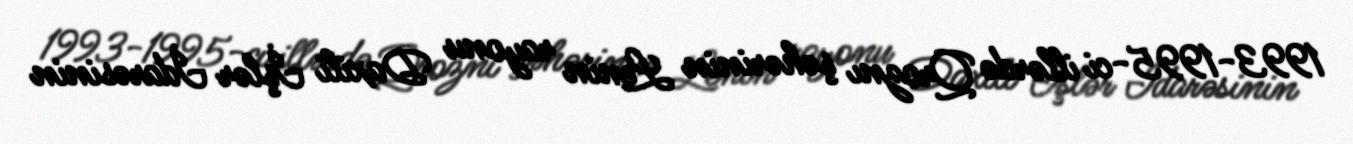
1993-1995-ci illərdə Qroznı şəhərinin Lenin rayonu Daxili İşlər İdarəsinin